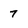
Character: 7